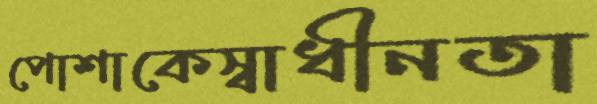
পোশাকেস্বাধীনতা